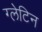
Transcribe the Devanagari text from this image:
ग्लेटिन